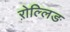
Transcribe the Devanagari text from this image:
ऱोल्लिङ